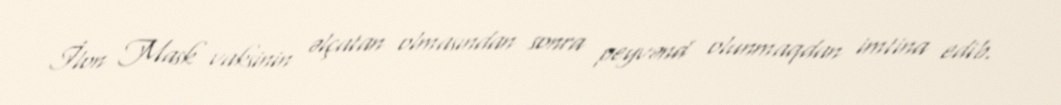
İlon Mask vaksinin əlçatan olmasından sonra peyvənd olunmaqdan imtina edib.